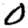
Digit: 0